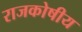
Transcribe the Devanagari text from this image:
राजकोषीय